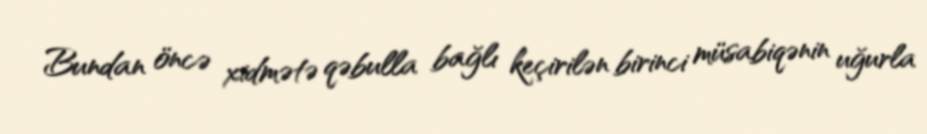
Bundan öncə xidmətə qəbulla bağlı keçirilən birinci müsabiqənin uğurla